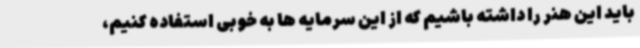
باید این هنر را داشته باشیم که از این سرمایه ها به خوبی استفاده کنیم،